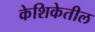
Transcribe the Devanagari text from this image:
केशिकेतील